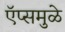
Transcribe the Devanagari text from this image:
ऍप्समुळे